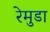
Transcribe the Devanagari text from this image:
रेमुडा